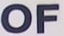
OF